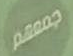
جمعهم